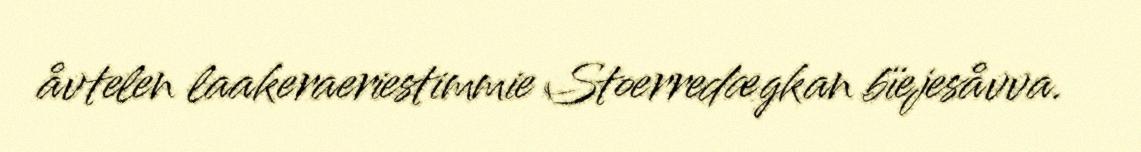
åvtelen laakeraeriestimmie Stoerredægkan bïejesåvva.